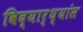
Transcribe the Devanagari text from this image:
विद्यार्थ्यांस